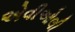
એવીઓલી